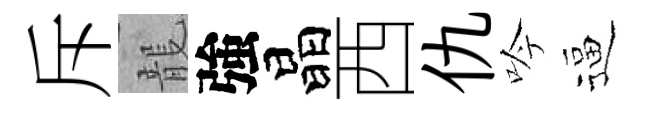
斥龍強晶西仇吟逼